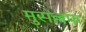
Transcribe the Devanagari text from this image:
मुसल्लफ